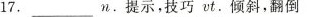
17._____n.提示，技巧vt.倾斜，翻倒